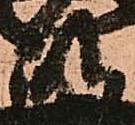
政